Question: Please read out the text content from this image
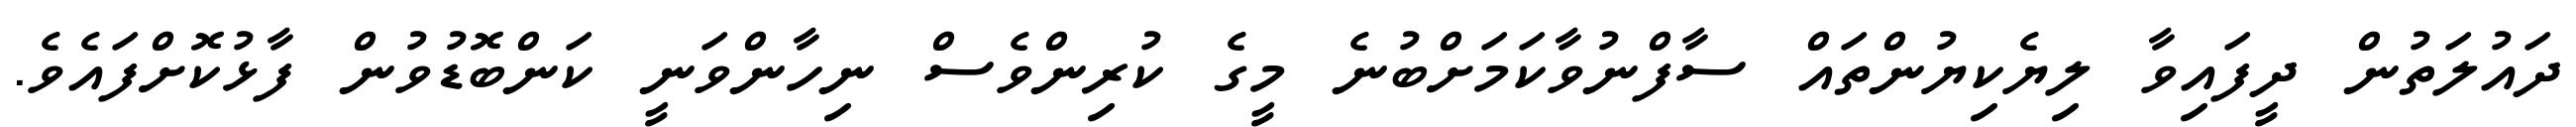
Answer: ދައުލަތުން ދީފައިވާ ލިޔެކިޔުންތައް ސާފްނުވާކަމަށްބުނެ މީގެ ކުރިންވެސް ނިހާންވަނީ ކަންބޮޑުވުން ފާޅުކޮށްފައެވެ.